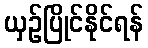
ယှဉ်ပြိုင်နိုင်ရန်